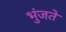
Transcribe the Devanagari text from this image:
भुंजते